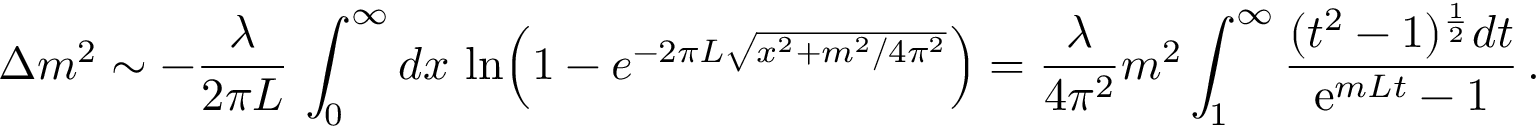
\Delta m ^ { 2 } \sim - \frac { \lambda } { 2 \pi L } \, \int _ { 0 } ^ { \infty } d x \, \ln \Bigl ( 1 - e ^ { - 2 \pi L \sqrt { x ^ { 2 } + m ^ { 2 } / 4 \pi ^ { 2 } } } \Bigr ) = \frac { \lambda } { 4 \pi ^ { 2 } } m ^ { 2 } \int _ { 1 } ^ { \infty } { \frac { ( t ^ { 2 } - 1 ) ^ { { \frac { 1 } { 2 } } } d t } { \mathrm { e } ^ { m L t } - 1 } } \, .